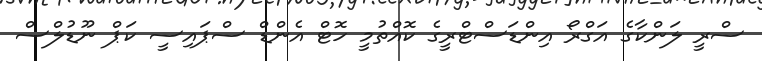
ސްރީ ލަންކާގެ އަގްރޯ އިންޑަސްޓްރީގެ ކޮއްތުމީ ހޮޓް އެންޑް ސްޕައިސީ ކަޕް ނޫޑުލްސް